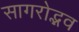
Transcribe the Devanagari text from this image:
सागरोद्भव